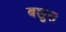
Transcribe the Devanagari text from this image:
बच्चुस